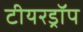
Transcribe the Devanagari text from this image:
टीयरड्रॉप